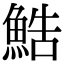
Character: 鯌